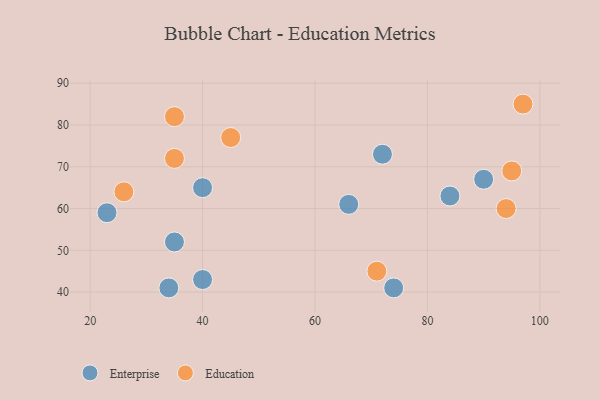
{"axis": {"x": "GDP", "y": "Life Expectancy"}, "legend": ["Education", "Enterprise"], "data": [{"x": "90", "y": 67, "type": "Enterprise"}, {"x": "72", "y": 73, "type": "Enterprise"}, {"x": "40", "y": 65, "type": "Enterprise"}, {"x": "74", "y": 41, "type": "Enterprise"}, {"x": "34", "y": 41, "type": "Enterprise"}, {"x": "23", "y": 59, "type": "Enterprise"}, {"x": "66", "y": 61, "type": "Enterprise"}, {"x": "40", "y": 43, "type": "Enterprise"}, {"x": "35", "y": 52, "type": "Enterprise"}, {"x": "84", "y": 63, "type": "Enterprise"}, {"x": "35", "y": 82, "type": "Education"}, {"x": "35", "y": 72, "type": "Education"}, {"x": "97", "y": 85, "type": "Education"}, {"x": "71", "y": 45, "type": "Education"}, {"x": "45", "y": 77, "type": "Education"}, {"x": "26", "y": 64, "type": "Education"}, {"x": "95", "y": 69, "type": "Education"}, {"x": "94", "y": 60, "type": "Education"}]}